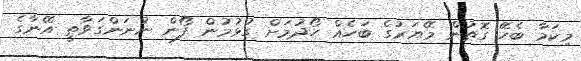
މިކަމާ ބެހޭ ގޮތުން މޭޔަރުގެ ބަހެއް ހޯދުމަށް ގުޅުމުން ފޯން ނުނަންގަވާތީ އޭނާގެ